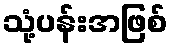
သုံ့ပန်းအဖြစ်